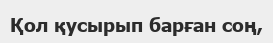
Қол қусырып барған соң,